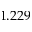
1 . 2 2 9